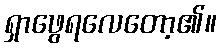
ရှာဖွေရလေတော့၏။